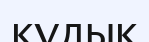
кұдық